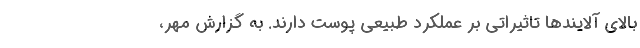
بالای آلایندها تاثیراتی بر عملکرد طبیعی پوست دارند. به گزارش مهر،